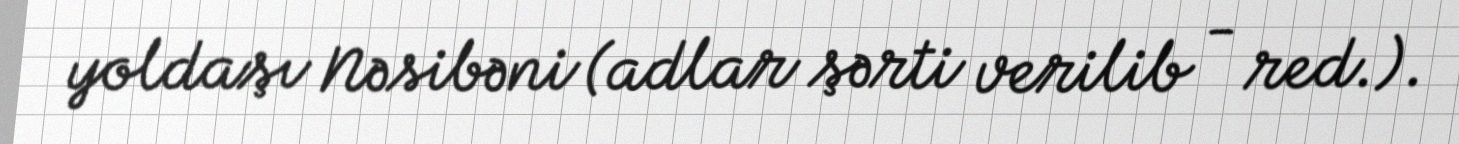
yoldaşı Nəsibəni (adlar şərti verilib - red.).